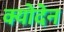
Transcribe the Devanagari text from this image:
क्योदेन